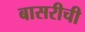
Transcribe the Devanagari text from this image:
बासरीची